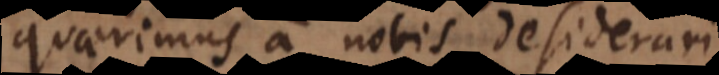
quaerimus a nobis desiderari